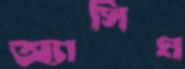
অ্যাসিম